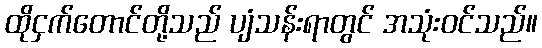
ထိုငှက်တောင်တို့သည် ပျံသန်းရာတွင် အသုံးဝင်သည်။